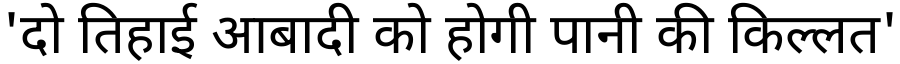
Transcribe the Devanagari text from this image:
'दो तिहाई आबादी को होगी पानी की किल्लत'